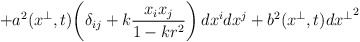
\begin{align*}+a^2(x^\perp,t)\!\left(\delta_{ij}+k\frac{x_i x_j}{1-kr^2}\right)dx^idx^j+b^2(x^\perp,t)d{x^\perp}^2\end{align*}